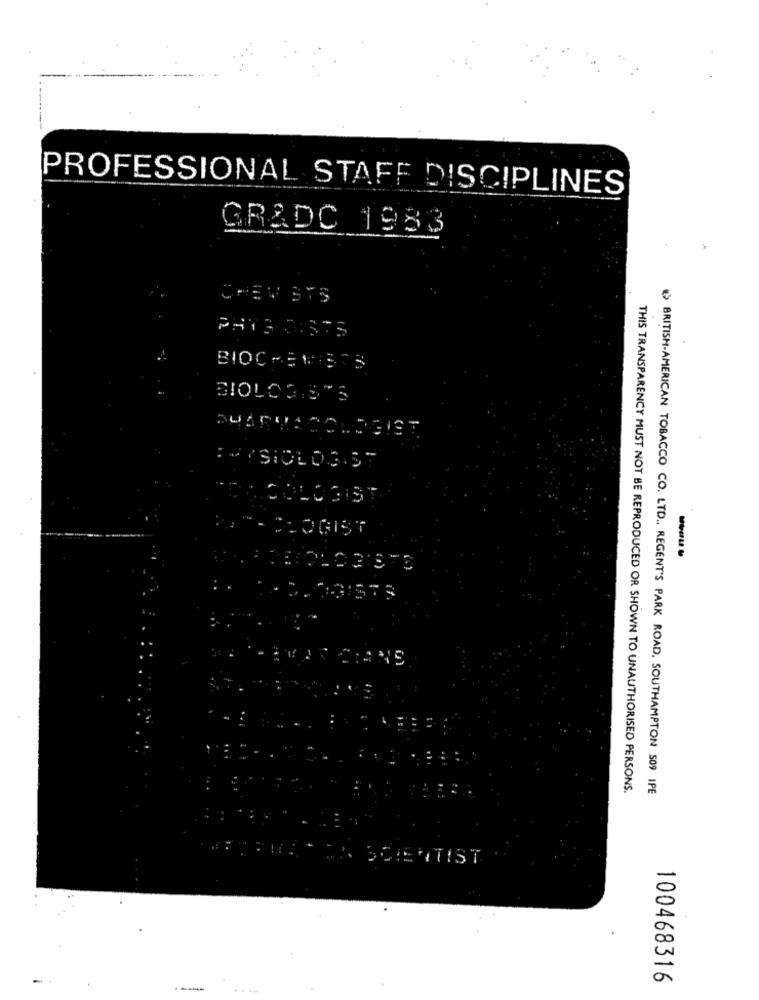
PROFESSIONAL STAFF DISCIPLINES
GRADC 1983
CHEV STS
BIOCHEMIECS
BIOLO3.5"S
Da"- BLOGIST
POUR CRANS
THIS TRANSPARENCY MUST NOT BE REPRODUCED OR SHOWN TO UNAUTHORISED PERSONS.
)BRITISH-AMERICAN TOBACCO CO. LTD ., REGENT'S PARK ROAD, SOUTHAMPTON SO9 IPE
100468316